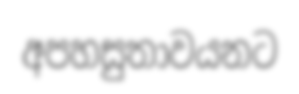
අපහසුතාවයනට